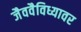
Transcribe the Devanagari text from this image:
जैववैविध्यावर